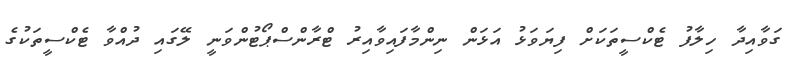
ގަވާއިދާ ހިލާފު ޓެކްސީތަކަށް ފިޔަވަޅު އަޅަން ނިންމާފައިވާއިރު ޓްރާންސްޕޯޓުންވަނީ ލޭގައި ދުއްވާ ޓެކްސީތަކުގެ